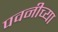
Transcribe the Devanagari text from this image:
पवनीच्या